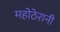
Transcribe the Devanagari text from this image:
महोठेरानी